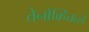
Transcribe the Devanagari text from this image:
तेनोक्च्तित्लें